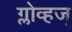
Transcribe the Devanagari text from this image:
ग्लोव्हज्